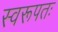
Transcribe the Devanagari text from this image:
स्वरूपतः